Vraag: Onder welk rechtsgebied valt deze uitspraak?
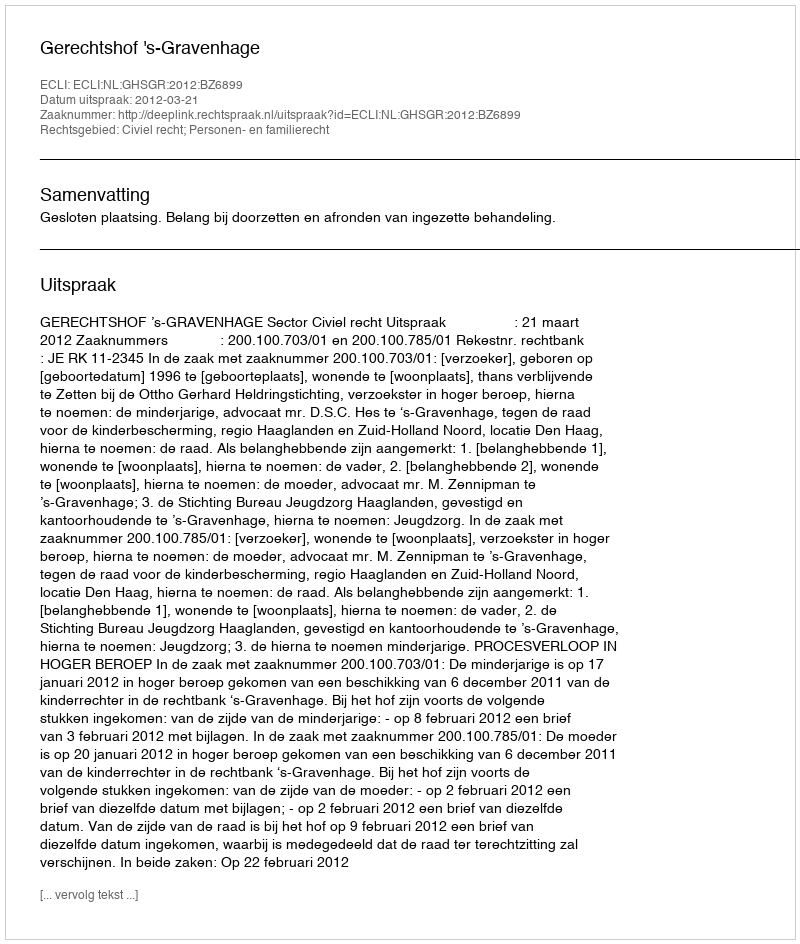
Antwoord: Civiel recht; Personen- en familierecht